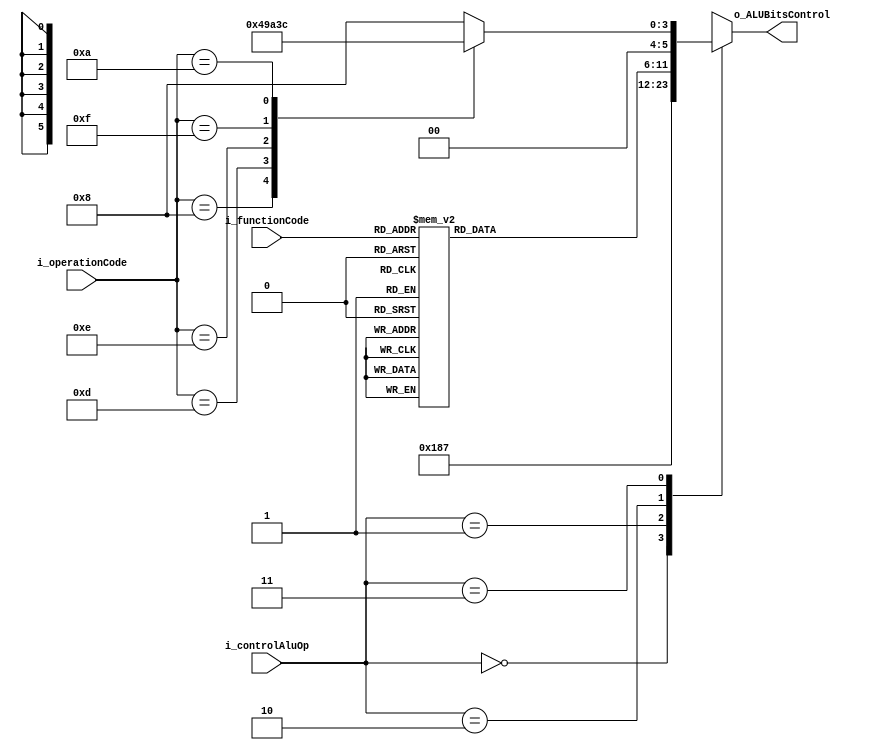
module E3_ALUControl(
        input wire [6-1:0] i_operationCode,//6 bits MSB de la isntruccion
        input wire [6-1:0] i_functionCode,//6 bits LSB de la instruccion
        input wire [2-1:0] i_controlAluOp,//libro, viene desde la unidad de control en la etapa 2 ID(instruction decode)
        output reg [6-1:0] o_ALUBitsControl
    );
    //interface
    /*
        E3_ALUControl#()
        u_ALUControl
        (
            .i_operationCode(),
            .i_functionCode(),
            .i_AluOp(),
            .o_ALUBitsControl()
        );
    */
    
    always @(*)begin
        case(i_controlAluOp) 2'b00: begin //ld o sw
            o_ALUBitsControl = 4'b0110; //addu
        end
        
        2'b01: begin//branch
            o_ALUBitsControl = 4'b0111; //subu
        end
        
        2'b10: begin//Tipo-R
            case(i_functionCode)
                6'b000000: o_ALUBitsControl = 4'b0000; //sll
                6'b000010: o_ALUBitsControl = 4'b0001; //srl
                6'b000011: o_ALUBitsControl = 4'b0010; //sra
                6'b000100: o_ALUBitsControl = 4'b0000; //sllv
                6'b000110: o_ALUBitsControl = 4'b0001; //srlv
                6'b000111: o_ALUBitsControl = 4'b0010; //srav
                6'b100001: o_ALUBitsControl = 4'b0110; //addu
                6'b100011: o_ALUBitsControl = 4'b0111; //subu
                6'b100100: o_ALUBitsControl = 4'b1000; //and
                6'b100101: o_ALUBitsControl = 4'b1001; //or
                6'b100110: o_ALUBitsControl = 4'b1010; //xor
                6'b100111: o_ALUBitsControl = 4'b1011; //nor
                6'b101010: o_ALUBitsControl = 4'b1100; //slt
                default: o_ALUBitsControl = 4'b0110;
            endcase
        end
        2'b11: begin // son operaciones inmediatas
            case(i_operationCode)
                6'b001000: o_ALUBitsControl=4'b0100; //addi
                6'b001100: o_ALUBitsControl=4'b1000; //andi
                6'b001101: o_ALUBitsControl=4'b1001; //ori
                6'b001110: o_ALUBitsControl=4'b1010; //xori
                6'b001111: o_ALUBitsControl=4'b0011; //lui
                6'b001010: o_ALUBitsControl=4'b1100; //slti
                default: o_ALUBitsControl = 4'b1000; 
            endcase
        end
        default: o_ALUBitsControl = 4'b0110;
    endcase
     
    end
    
endmodule